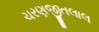
ચરણજીતલાલ